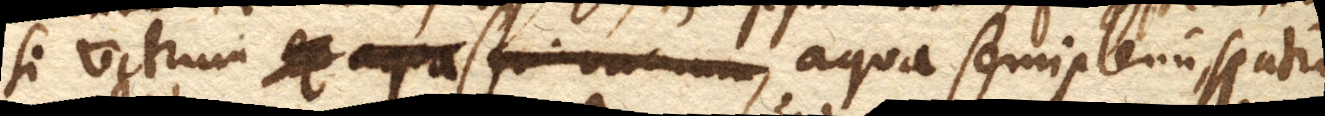
si vitrum ex aqua semivacuum, aqua semiplenum, spatio